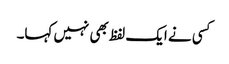
کسی نے ایک لفظ بھی نہیں کہا۔